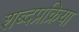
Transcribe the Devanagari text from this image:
शब्दप्रक्रिया